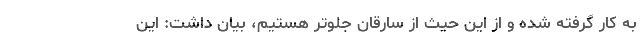
به کار گرفته شده و از این حیث از سارقان جلوتر هستیم، بیان داشت: این